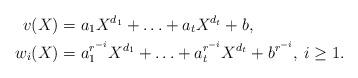
LaTeX: \begin{align*}v(X) & = a_1X^{d_1}+ \ldots +a_tX^{d_t}+b, \\w_i(X) & = a_1^{r^{-i}}X^{d_1}+ \ldots +a_t^{r^{-i}}X^{d_t}+b^{r^{-i}}, \: i \geq 1.\end{align*}